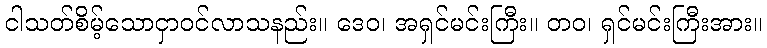
ငါသတ်စိမ့်သောငှာဝင်လာသနည်း။ ဒေဝ၊ အရှင်မင်းကြီး။ တဝ၊ ရှင်မင်းကြီးအား။